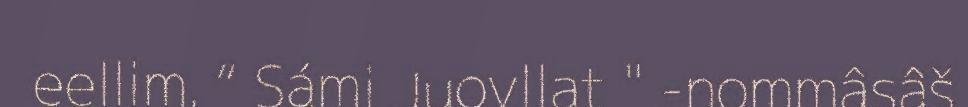
eellim. “ Sámi Juovllat " -nommâsâš